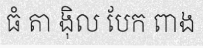
ធំ តា ង៉ិល បែក ពាង